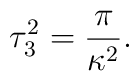
\tau_3^2 = {\pi \over {\kappa^2}}.